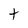
Character: t